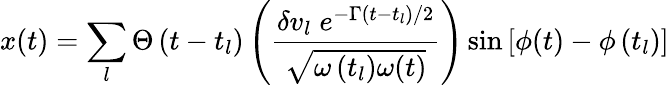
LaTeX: x(t)=\sum_{l}\Theta\left(t-t_{l}\right)\left(\frac{\delta v_{l}\; e^{-\Gamma\left(t-t_{l}\right)/2}}{\sqrt{\omega\left(t_{l}\right)\omega(t)}}\right)\sin\left[\phi(t)-\phi\left(t_{l}\right)\right]